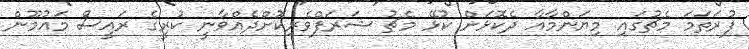
ފުރަތަމަ މެޗުގައި މިޔަންމާއާ ދެކޮޅަށް ކުޅޭ މެޗު ޝަރަފްވެރިކޮށްދެއްވާނީ ކުރީގެ ރައީސް މައުމޫން